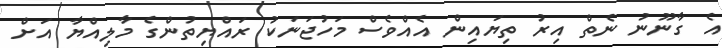
އެ ގާނޫނު ނެތް އިރު ތިޔައިން އެއްވެސް މަހުޖަނަކު ރައްޔިތުންގެ މާލިއްޔާ އަށް